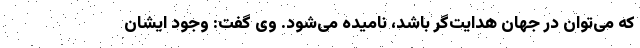
که می‌توان در جهان هدایت‌گر باشد، نامیده می‌شود. وی گفت: وجود ایشان